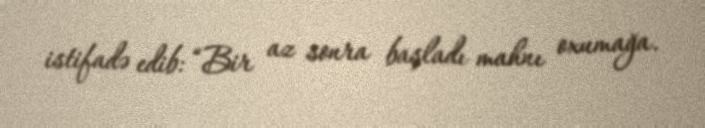
istifadə edib: “Bir az sonra başladı mahnı oxumağa.